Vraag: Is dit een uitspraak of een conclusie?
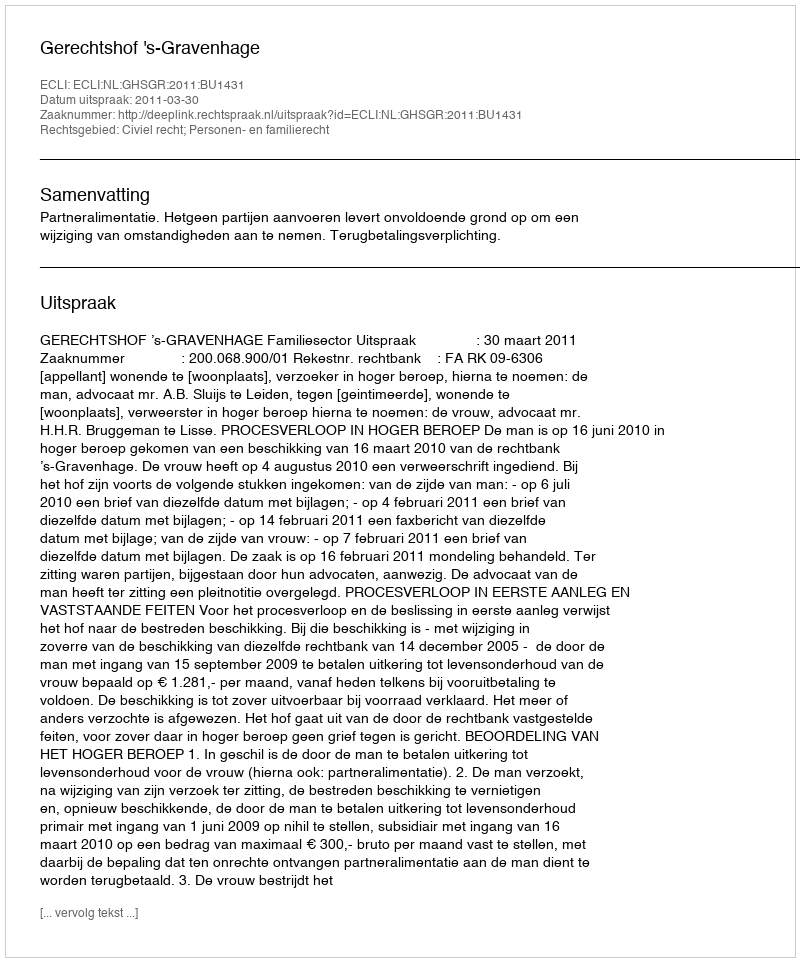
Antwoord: Uitspraak